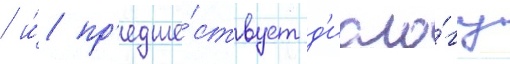
/ и́ пр'едше́ствует д'иало́гу